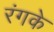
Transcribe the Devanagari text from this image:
रंगके